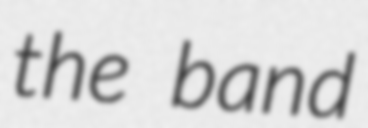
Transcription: the band